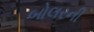
બોલરની